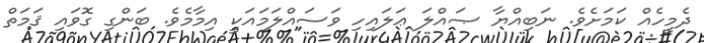
ދެމީހެއް ކަމަށެވެ. ނަބިއްޔާ ޞައްލަ ޢަލައިހި ވަސައްލަމައަކީ އިމާމެވެ. ބަންގި ގޮވައި ޤަމަތް